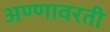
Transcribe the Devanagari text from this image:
अण्णावरती